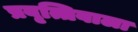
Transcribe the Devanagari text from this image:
प्रवृत्तिवाला